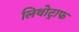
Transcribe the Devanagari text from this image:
लिथोट्राफ